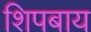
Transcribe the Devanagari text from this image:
शिपबाय